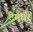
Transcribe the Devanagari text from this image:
टेमघरे